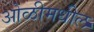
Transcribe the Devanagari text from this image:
ओळीमधील